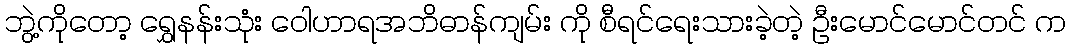
ဘွဲ့ကိုတော့ ရွှေနန်းသုံး ဝေါဟာရအဘိဓာန်ကျမ်း ကို စီရင်ရေးသားခဲ့တဲ့ ဦးမောင်မောင်တင် က